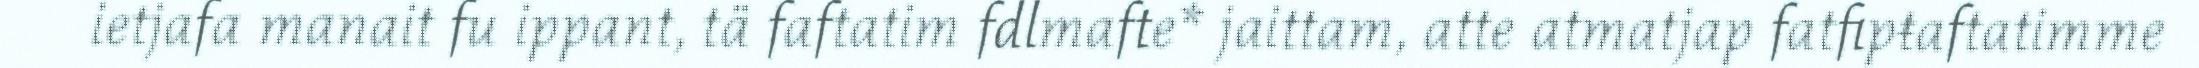
ietjafa manait fu ippant, tä faftatim fdlmafte* jaittam, atte atmatjap fatfipŧaftatimme